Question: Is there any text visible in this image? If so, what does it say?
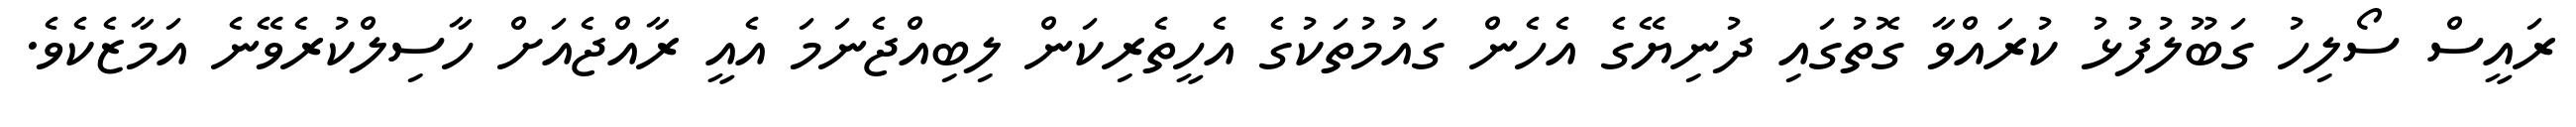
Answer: ރައީސް ސޯލިހު ގަބޫލުފުޅު ކުރައްވާ ގޮތުގައި ދުނިޔޭގެ އެހެން ގައުމުތަކުގެ އެހީތެރިކަން ލިބިއްޖެނަމަ އެއީ ރާއްޖެއަށް ހާސިލްކުރެވޭނެ އަމާޒެކެވެ.